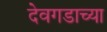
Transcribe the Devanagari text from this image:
देवगडाच्या